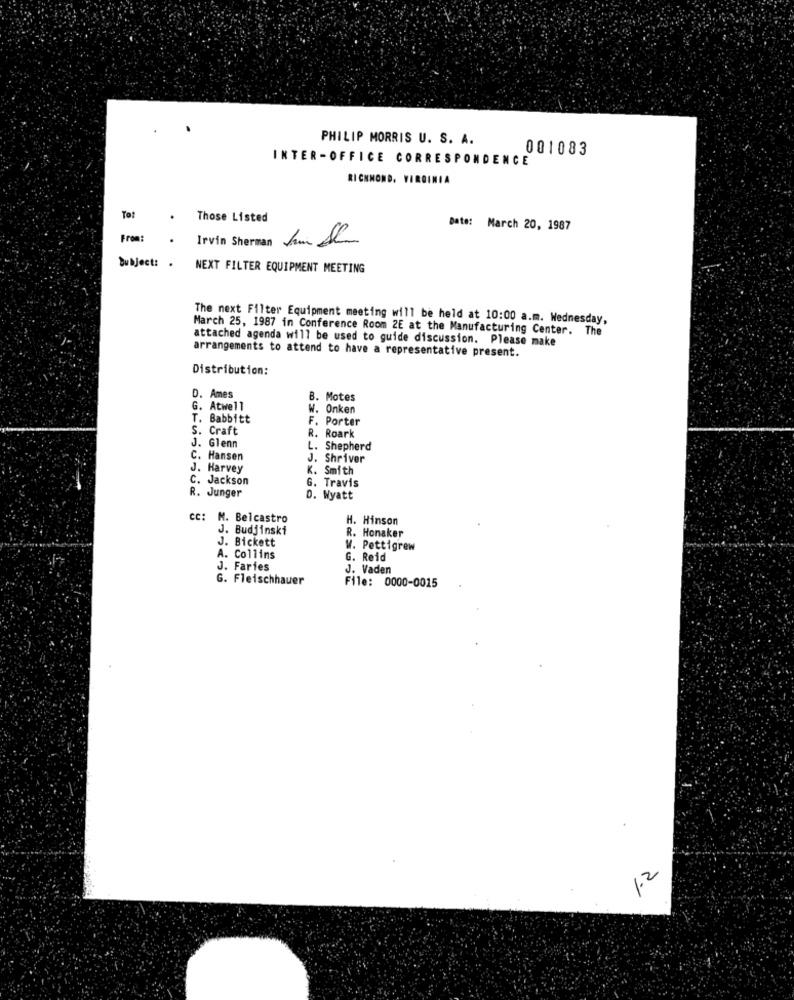
PHILIP MORRIS U. S. A.
001083
INTER-OFFICE CORRESPONDENCE
RICHMOND, VIRGINIA
Tot
.
Those Listed
Date: March 20, 1987
From:
.
Irvin Sherman Juin Sh
Subject: . NEXT FILTER EQUIPMENT MEETING
The next Filter Equipment meeting will be held at 10:00 a.m. Wednesday,
March 25, 1987 in Conference Room 2E at the Manufacturing Center. The
attached agenda will be used to guide discussion. Please make
arrangements to attend to have a representative present.
Distribution:
D. Ames
B. Motes
G. Atwell
W. Onken
T. Babbitt
F. Porter
S. Craft
R. Roark
J. Glenn
L. Shepherd
C. Hansen
J. Shriver
J. Harvey
K. Smith
C. Jackson
G. Travis
R. Junger
D. Wyatt
: M. Belcastro
H. Hinson
J. Budjinski
J. Bickett
R. Honaker
W. Pettigrew
A. Collins
G. Reid
J. Faries
J. Vaden
G. Fleischhauer
File: 0000-0015
1.2